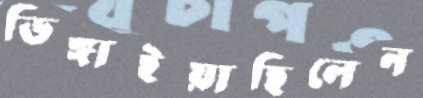
ডিঙ্গাইয়াছিলেন